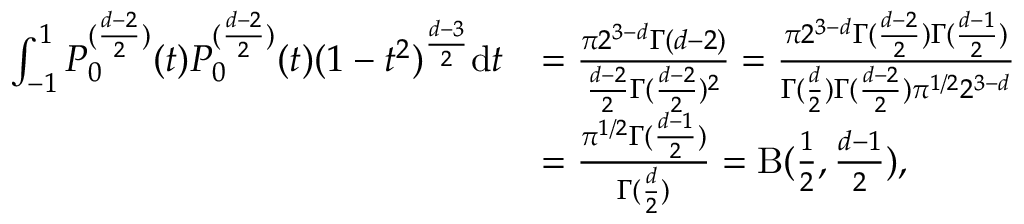
\begin{array} { r l } { \int _ { - 1 } ^ { 1 } P _ { 0 } ^ { ( \frac { d - 2 } { 2 } ) } ( t ) P _ { 0 } ^ { ( \frac { d - 2 } { 2 } ) } ( t ) ( 1 - t ^ { 2 } ) ^ { \frac { d - 3 } { 2 } } \mathrm { d } t } & { = \frac { \pi 2 ^ { 3 - d } \Gamma ( d - 2 ) } { \frac { d - 2 } { 2 } \Gamma ( \frac { d - 2 } { 2 } ) ^ { 2 } } = \frac { \pi 2 ^ { 3 - d } \Gamma ( \frac { d - 2 } { 2 } ) \Gamma ( \frac { d - 1 } { 2 } ) } { \Gamma ( \frac { d } { 2 } ) \Gamma ( \frac { d - 2 } { 2 } ) \pi ^ { 1 / 2 } 2 ^ { 3 - d } } } \\ & { = \frac { \pi ^ { 1 / 2 } \Gamma ( \frac { d - 1 } { 2 } ) } { \Gamma ( \frac { d } { 2 } ) } = \mathrm { B } ( \frac { 1 } { 2 } , \frac { d - 1 } { 2 } ) , } \end{array}